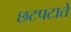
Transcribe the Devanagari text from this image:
छटपटाते